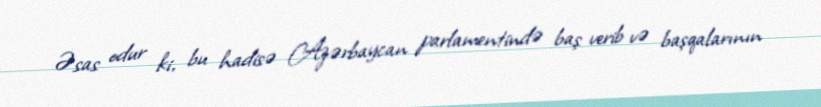
Əsas odur ki, bu hadisə Azərbaycan parlamentində baş verib və başqalarının